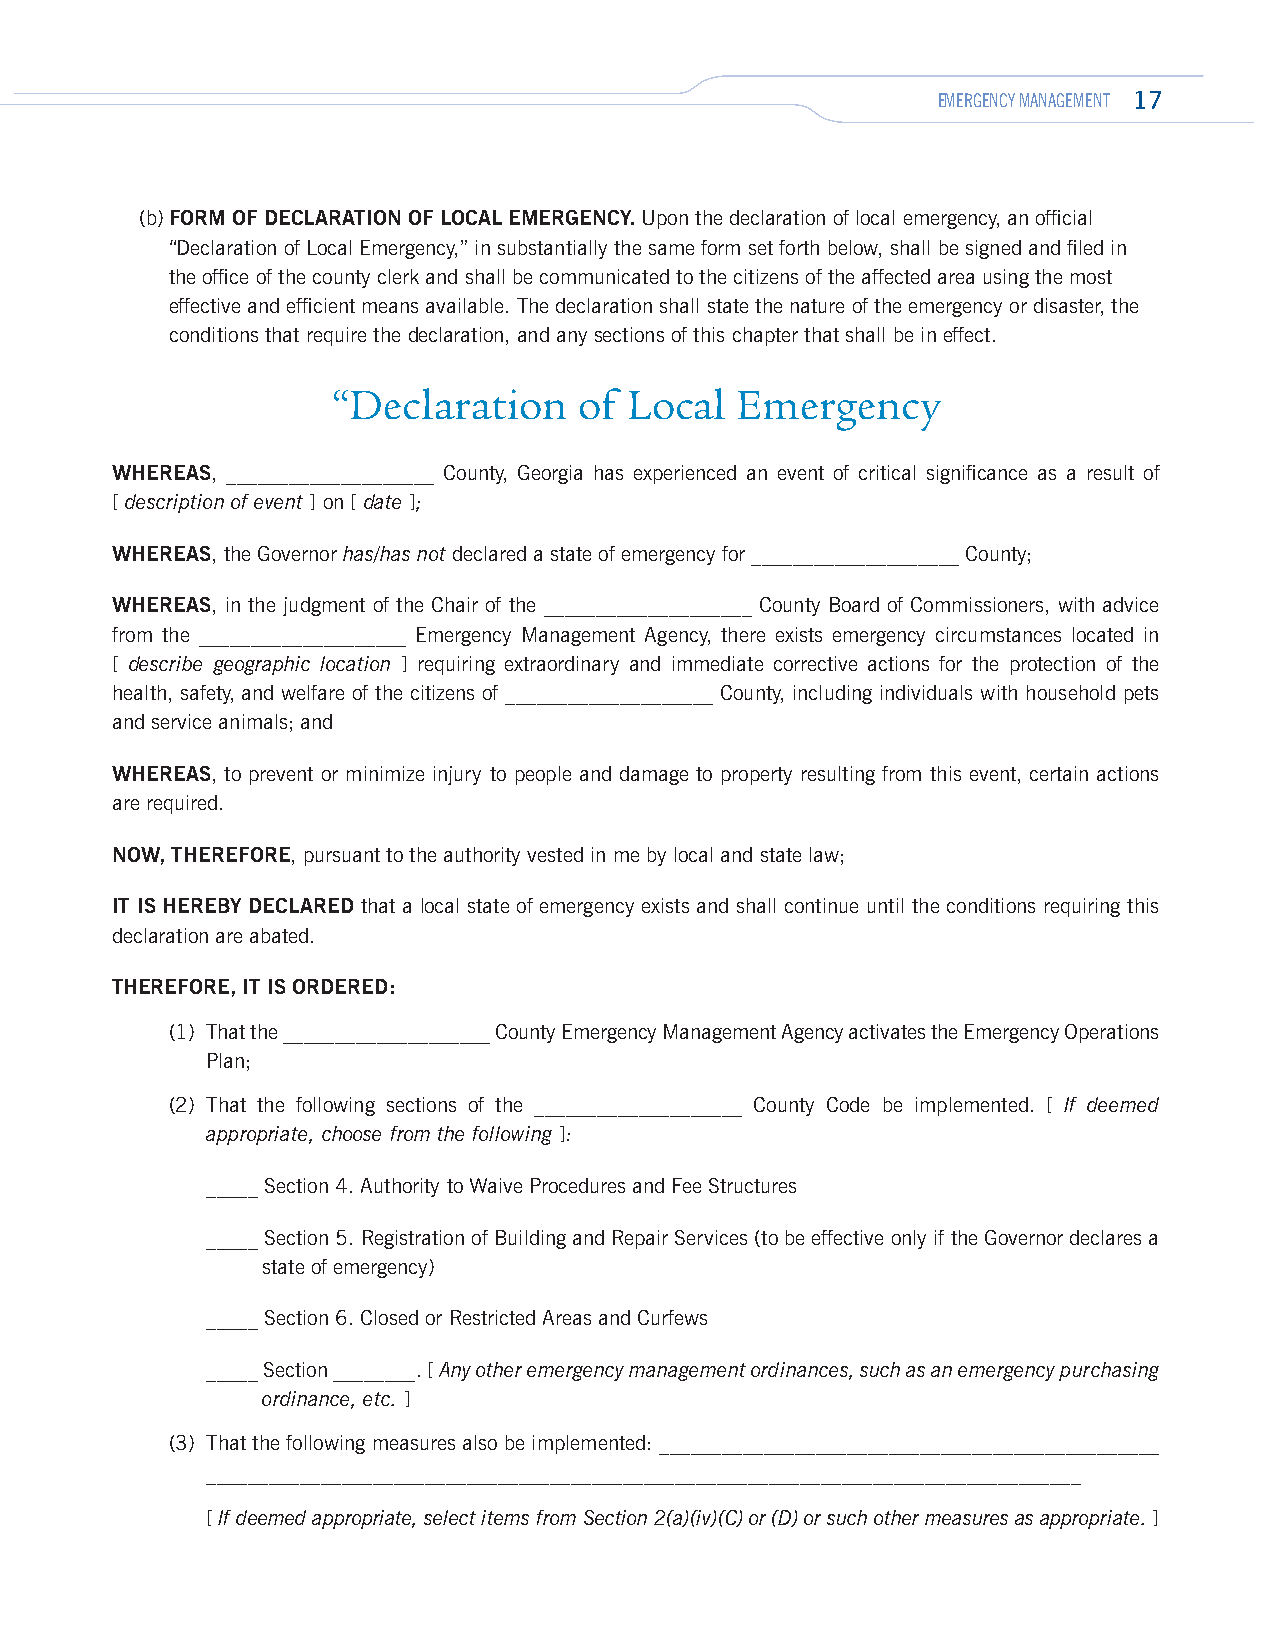
EMERGENCY MANAGEMENT 17
 (b) FORM OF DECLARATION OF LOCAL EMERGENCY. Upon the declaration of local emergency, an official
 “Declaration of Local Emergency,” in substantially the same form set forth below, shall be signed and filed in
 the office of the county clerk and shall be communicated to the citizens of the affected area using the most
 effective and efficient means available. The declaration shall state the nature of the emergency or disaster, the
 conditions that require the declaration, and any sections of this chapter that shall be in effect.
 “Declaration    of Local   Emergency
 WHEREAS, ____________________ County, Georgia has experienced an event of critical significance as a result of
 [ description of event ] on [ date ];
 WHEREAS, the Governor has/has not declared a state of emergency for ____________________ County;
 WHEREAS, in the judgment of the Chair of the ____________________ County Board of Commissioners, with advice
 from the ____________________ Emergency Management Agency, there exists emergency circumstances located in
 [ describe geographic location ] requiring extraordinary and immediate corrective actions for the protection of the
 health, safety, and welfare of the citizens of ____________________ County, including individuals with household pets
 and service animals; and
 WHEREAS, to prevent or minimize injury to people and damage to property resulting from this event, certain actions
 are required.
 NOW, THEREFORE, pursuant to the authority vested in me by local and state law;
 IT IS HEREBY DECLARED that a local state of emergency exists and shall continue until the conditions requiring this
 declaration are abated.
 THEREFORE, IT IS ORDERED:
 (1) That the ____________________ County Emergency Management Agency activates the Emergency Operations
 Plan;
 (2) That the following sections of the ____________________ County Code be implemented. [ If deemed
 appropriate, choose from the following ]:
 _____ Section 4. Authority to Waive Procedures and Fee Structures
 _____ Section 5. Registration of Building and Repair Services (to be effective only if the Governor declares a
 state of emergency)
 _____ Section 6. Closed or Restricted Areas and Curfews
 _____ Section ________. [ Any other emergency management ordinances, such as an emergency purchasing
 ordinance, etc. ]
 (3) That the following measures also be implemented: ________________________________________________
 ____________________________________________________________________________________
 [ If deemed appropriate, select items from Section 2(a)(iv)(C) or (D) or such other measures as appropriate. ]